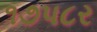
૧૭પ૮ર